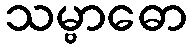
သမ္ဗာဓော